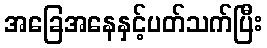
အခြေအနေနှင့်ပတ်သက်ပြီး